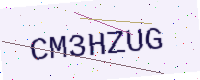
Text: CM3HZUG